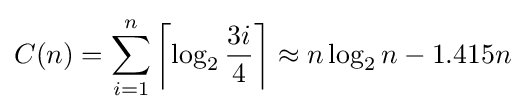
C(n)=\sum _{i=1}^{n}\left\lceil \log _{2}{\frac {3i}{4}}\right\rceil \approx n\log _{2}n-1.415n